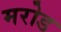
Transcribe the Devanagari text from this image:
मरोड